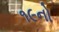
૧૯નો